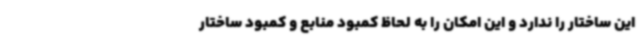
این ساختار را ندارد و این امکان را به لحاظ کمبود منابع و کمبود ساختار